Indian journal of veterinary science and animal husbandry - Volumes 26-27, 1956-1957
Year: 1956
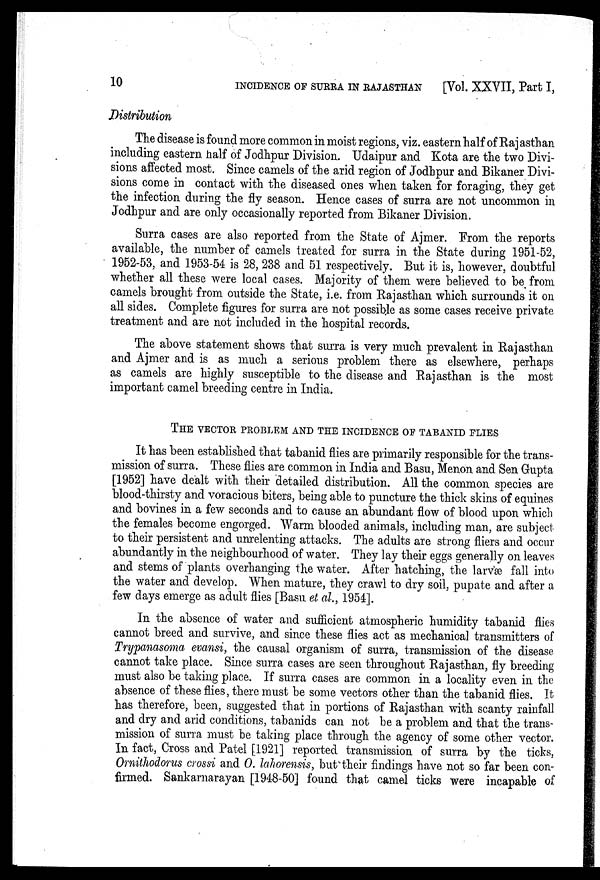
10
INCIDENCE OF SURRA IN RAJASTHAN
[Vol. XXVII, Part I,
Distribution
The disease is found more common in moist regions, viz. eastern half of Rajasthan
including eastern half of Jodhpur Division. Udaipur and Kota are the two Divi-
sions affected most. Since camels of the arid region of Jodhpur and Bikaner Divi-
sions come in contact with the diseased ones when taken for foraging, they get
the infection during the fly season. Hence cases of surra are not uncommon in
Jodhpur and are only occasionally reported from Bikaner Division.
Surra cases are also reported from the State of Ajmer. From the reports
available, the number of camels treated for surra in the State during 1951-52,
1952-53, and 1953-54 is 28, 238 and 51 respectively. But it is, however, doubtful
whether all these were local cases. Majority of them were believed to be from
camels brought from outside the State, i.e. from Rajasthan which surrounds it on
all sides. Complete figures for surra are not possible as some cases receive private
treatment and are not included in the hospital records.
The above statement shows that surra is very much prevalent in Rajasthan
and Ajmer and is as much a serious problem there as elsewhere, perhaps
as camels are highly susceptible to the disease and Rajasthan is the most
important camel breeding centre in India.
THE VECTOR PROBLEM AND THE INCIDENCE OF TABANID ELIES
It has been established that tabanid flies are primarily responsible for the trans-
mission of surra. These flies are common in India and Basu, Menon and Sen Gupta
[1952] have dealt with their detailed distribution. All the common species are
blood-thirsty and voracious biters, being able to puncture the thick skins of equines
and bovines in a few seconds and to cause an abundant flow of blood upon which
the females become engorged. Warm blooded animals, including man, are subject
to their persistent and unrelenting attacks. The adults are strong fliers and occur
abundantly in the neighbourhood of water. They lay their eggs generally on leaves
and stems of plants overhanging the water. After hatching, the larvæ fall into
the water and develop. When mature, they crawl to dry soil, pupate and after a
few days emerge as adult flies [Basu et al., 1954].
In the absence of water and sufficient atmospheric humidity tabanid flies
cannot breed and survive, and since these flies act as mechanical transmitters of
Trypanasoma evansi, the causal organism of surra, transmission of the disease
cannot take place. Since surra cases are seen throughout Rajasthan, fly breeding
must also be taking place. If surra cases are common in a locality even in the
absence of these flies, there must be some vectors other than the tabanid flies. It
has therefore, been, suggested that in portions of Rajasthan with scanty rainfall
and dry and arid conditions, tabanids can not be a problem and that the trans-
mission of surra must be taking place through the agency of some other vector.
In fact, Cross and Patel [1921] reported transmission of surra by the ticks,
Ornithodorus crossi and O. lahorensis, but their findings have not so far been con-
firmed. Sankarnarayan [1948-50] found that camel ticks were incapable of